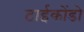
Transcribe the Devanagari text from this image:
टाईकोंडो